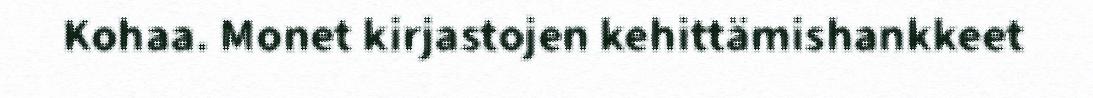
Kohaa. Monet kirjastojen kehittämishankkeet